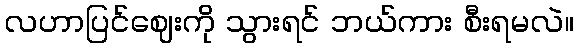
လဟာပြင်ဈေးကို သွားရင် ဘယ်ကား စီးရမလဲ။